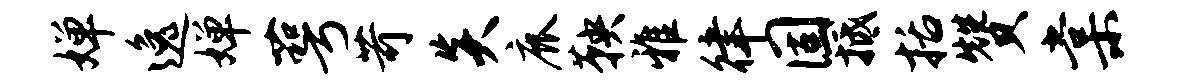
婵逸婵萼苛炎鹿鞅雅律固抵括赞棠